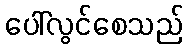
ပေါ်လွင်စေသည်